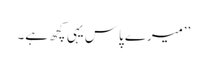
’’میرے پاس یہی کچھ ہے۔